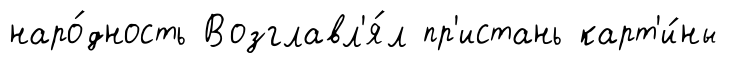
наро́дность Возглавл'я́л пр'истань карт'и́ны